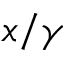
x / \gamma